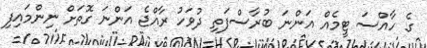
ގެ ހާއްސަ ޓީމެއް އަންނަ ބުރާސްފަތި ދުވަހު ރާއްޖެ އަންނަ ގޮތަށް ނިންމައިފި